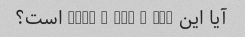
آیا این 617 - 228 - 2289 است؟